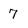
Character: 7